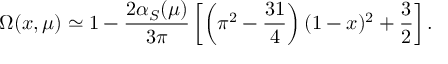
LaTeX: \Omega ( x , \mu ) \simeq 1 - { \frac { 2 \alpha _ { S } ( \mu ) } { 3 \pi } } \left[ \left( \pi ^ { 2 } - { \frac { 3 1 } { 4 } } \right) ( 1 - x ) ^ { 2 } + { \frac { 3 } { 2 } } \right] .